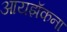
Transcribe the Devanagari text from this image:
आयझॅकना